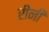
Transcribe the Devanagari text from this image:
रीनी